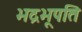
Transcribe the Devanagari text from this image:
भद्रभूपति